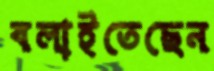
বলাইতেছেন